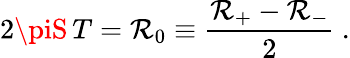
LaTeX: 2\piS\, T=\mathcal{R}_{0}\equiv{\frac{{\mathcal{R}_{+}-\mathcal{R}_{-}}}{{2}}}\ .